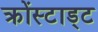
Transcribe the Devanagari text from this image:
क्रोंस्टाड्ट